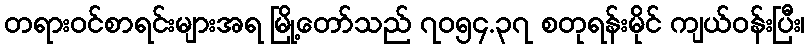
တရားဝင်စာရင်းများအရ မြို့တော်သည် ၇၀၅၄.၃၇ စတုရန်းမိုင် ကျယ်ဝန်းပြီး၊